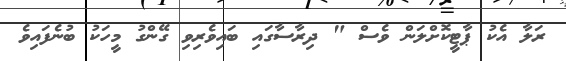
ރަލާ އެކު ޕާޓީކޮށްލަން ވެސް " ދިރާސާގައި ބައިވެރިވި ގޭންގު މީހަކު ބުނެފައިވެ